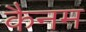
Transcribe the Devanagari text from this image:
कैनम